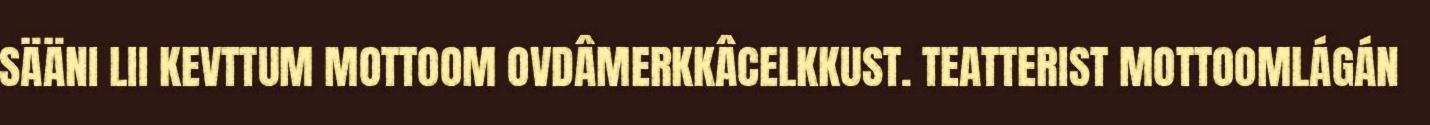
SÄÄNI LII KEVTTUM MOTTOOM OVDÂMERKKÂCELKKUST. TEATTERIST MOTTOOMLÁGÁN